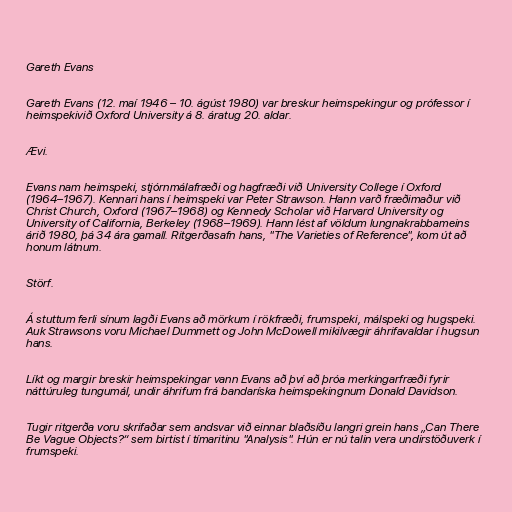
Gareth Evans

Gareth Evans (12. maí 1946 – 10. ágúst 1980) var breskur heimspekingur og prófessor í
heimspekivið Oxford University á 8. áratug 20. aldar.

Ævi.

Evans nam heimspeki, stjórnmálafræði og hagfræði við University College í Oxford
(1964–1967). Kennari hans í heimspeki var Peter Strawson. Hann varð fræðimaður við
Christ Church, Oxford (1967–1968) og Kennedy Scholar við Harvard University og
University of California, Berkeley (1968–1969). Hann lést af völdum lungnakrabbameins
árið 1980, þá 34 ára gamall. Ritgerðasafn hans, "The Varieties of Reference", kom út að
honum látnum.

Störf.

Á stuttum ferli sínum lagði Evans að mörkum í rökfræði, frumspeki, málspeki og hugspeki.
Auk Strawsons voru Michael Dummett og John McDowell mikilvægir áhrifavaldar í hugsun
hans.

Líkt og margir breskir heimspekingar vann Evans að því að þróa merkingarfræði fyrir
náttúruleg tungumál, undir áhrifum frá bandaríska heimspekingnum Donald Davidson.

Tugir ritgerða voru skrifaðar sem andsvar við einnar blaðsíðu langri grein hans „Can There
Be Vague Objects?“ sem birtist í tímaritinu "Analysis". Hún er nú talin vera undirstöðuverk í
frumspeki.